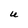
Character: U